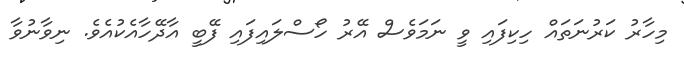
މިހާރު ކަރުނަތައް ހިކިފައި ވީ ނަމަވެސް އޭރު ހޯސްލައިފައި ފޭބީ އާދޭހާއެކުއެވެ. ނިވާނުވާ